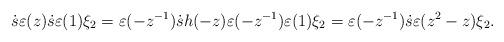
LaTeX: \begin{align*}\dot{s}\varepsilon (z)\dot{s} \varepsilon (1) \xi_2=\varepsilon(-z^{-1}) \dot{s} h(-z)\varepsilon(-z^{-1}) \varepsilon (1) \xi_2 =\varepsilon(-z^{-1}) \dot{s} \varepsilon(z^2-z) \xi_2.\end{align*}